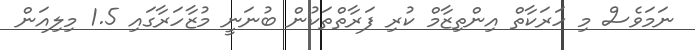
ނަމަވެސް މި ހަރަކާތް އިންތިޒާމް ކުރި ފަރާތްތަކުން ބުނަނީ މުޒާހަރާގައި 1.5 މިލިއަން